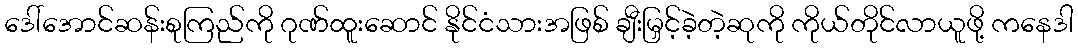
ဒေါ်အောင်ဆန်းစုကြည်ကို ဂုဏ်ထူးဆောင် နိုင်ငံသားအဖြစ် ချီးမြှင့်ခဲ့တဲ့ဆုကို ကိုယ်တိုင်လာယူဖို့ ကနေဒါ